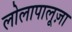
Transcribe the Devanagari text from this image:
लोलापालूज़ा